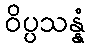
ဝိပ္ပသန္နံ